Report on horse surra - Volume I
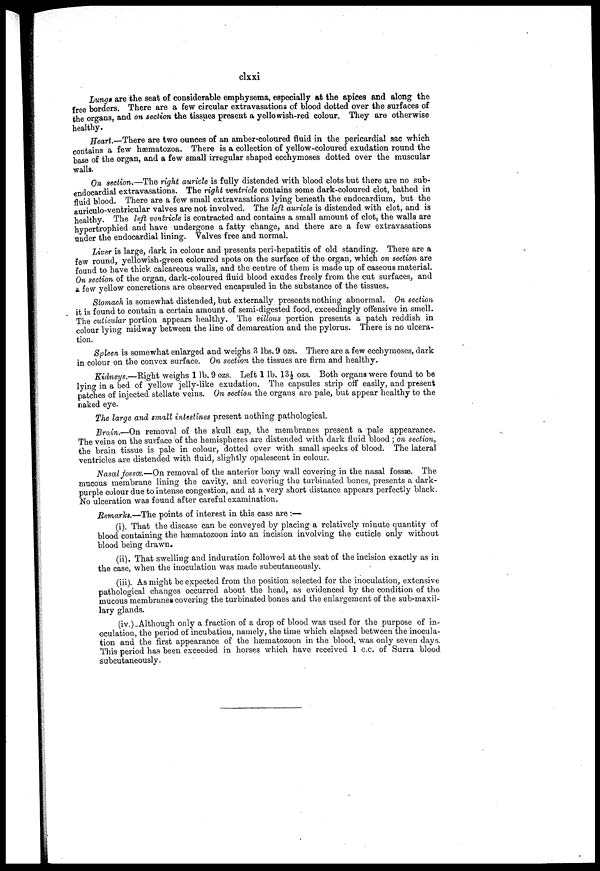
clxxi
Lunga are the seat of considerable emphysema, especially at the apices and along the
free borders. There are a few circular extravasations of blood dotted over the surfaces of
the organs, and on section the tissues present a yellowish-red colour. They are otherwise
healthy.
Heart.—There are two ounces of an amber-coloured fluid in the pericardial sac which
contains a few hæmatozoa. There is a collection of yellow-coloured exudation round the
base of the organ, and a few small irregular shaped ecchymoses dotted over the muscular
walls.
On section.—The right auricle is fully distended with blood clots but there are no sub-
endocardial extravasations. The right ventricle contains some dark-coloured clot, bathed in
fluid blood. There are a few small extravasations lying beneath the endocardium, but the
auriculo-ventricular valves are not involved. The left auricle is distended with clot, and is
healthy. The left ventricle is contracted and contains a small amount of clot, the walls are
hypertrophied and have undergone a fatty change, and there are a few extravasations
under the endocardial lining. Valves free and normal.
Liver is large, dark in colour and presents peri-hepatitis of old standing. There are a
few round, yellowish-green coloured spots on the surface of the organ, which on section are
found to have thick calcareous walls, and the centre of them is made up of caseous material.
On section of the organ, dark-coloured fluid blood exudes freely from the cut surfaces, and
a few yellow concretions are observed encapsuled in the substance of the tissues.
Stomach is somewhat distended, but externally presents nothing abnormal. On section
it is found to contain a certain amount of semi-digested food, exceedingly offensive in smell.
The cuticular portion appears healthy. The villous portion presents a patch reddish in
colour lying midway between the line of demarcation and the pylorus. There is no ulcera-
tion.
Spleen is somewhat enlarged and weighs 3 lbs. 9 ozs. There are a few ecchymoses, dark
in colour on the convex surface. On section the tissues are firm and healthy.
Kidneys,—Right weighs 1 lb. 9 ozs. Left 1 lb. 13 1/2ozs. Both organs were found to be
lying in a bed of yellow jelly-like exudation. The capsules strip off' easily, and present
patches of injected stellate veins. On section the organs are pale, but appear healthy to the
naked eye.
The large and small intestines present nothing pathological.
Brain.—On removal of the skull cap, the membranes present a pale appearance.
The veins on the surface of the hemispheres are distended with dark fluid blood ; on section,
the brain tissue is pale in colour, dotted over with small specks of blood. The lateral
ventricles are distended with fluid, slightly opalescent in colour.
Nasal fosses.—On removal of the anterior bony wall covering in the nasal fossæ. The
mucous membrane lining the cavity, and covering the turbinated bones, presents a dark-
purple colour due to intense congestion, and at a very short distance appears perfectly black.
No ulceration was found after careful examination.
Remarks.—The points of interest in this case are :—
(i). That the disease can be conveyed by placing a relatively minute quantity of
blood containing the hæmatozoon into an incision involving the cuticle only without
blood being drawn.
(ii). That swelling and induration followed at the seat of the incision exactly as in
the case, when the inoculation was made subcutaneously.
(iii). As might be expected from the position selected for the inoculation, extensive
pathological changes occurred about the head, as evidenced by the condition of the
mucous membranes covering the turbinated bones and the enlargement of the sub-maxil-
lary glands.
(iv.)Although only a fraction of a drop of blood was used for the purpose of in-
oculation, the period of incubation, namely, the time which elapsed between the inocula-
tion and the first appearance of the hæmatozoon in the blood, was only seven days.
This period has been exceeded in horses which have received 1c.c. of Surra blood
subcutaneously.